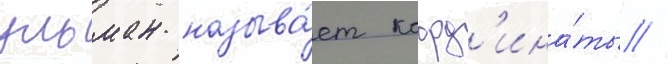
ульман называ́ет коорд'ина́ты //